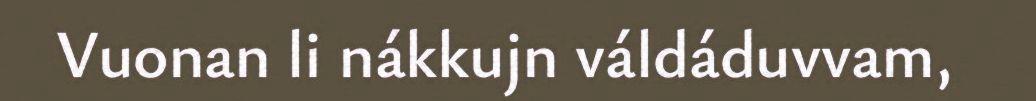
Vuonan li nákkujn váldáduvvam,